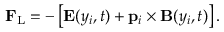
\mathbf { F } _ { \mathrm { L } } = - \left[ \mathbf { E } ( y _ { i } , t ) + \mathbf { p } _ { i } \times \mathbf { B } ( y _ { i } , t ) \right] .